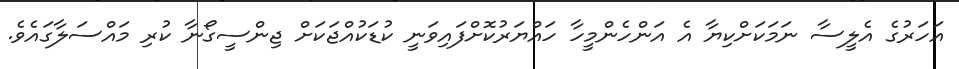
އަހަރުގެ އެލީސާ ނަމަކަށްކިޔާ އެ އަންހެންމީހާ ހައްޔަރުކޮށްފައިވަނީ ކުޑަކުއްޖަކަށް ޖިންސީގޯނާ ކުރި މައްސަލާގައެވެ.